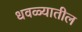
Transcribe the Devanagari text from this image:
धवळ्यातील